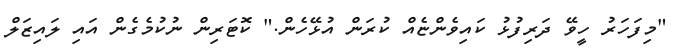
"މިފަހަރު ހީވޭ ދަރިފުޅު ކައިވެންޏެއް ކުރަން އުޅޭހެން." ކޮޓަރިން ނުކުމެގެން އައި ލައިޒަލް